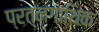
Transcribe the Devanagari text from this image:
प्रत्नगाथिक